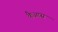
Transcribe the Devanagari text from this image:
कैआस